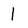
Character: 1